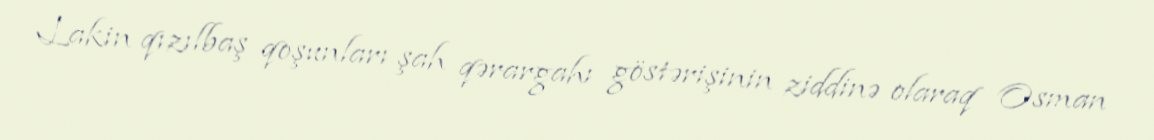
Lakin qızılbaş qoşunları şah qərargahı göstərişinin ziddinə olaraq Osman